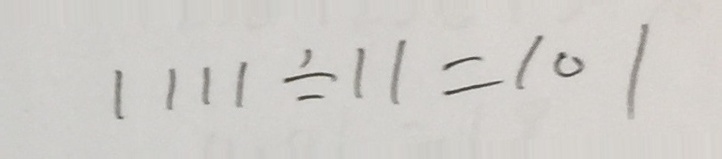
1 1 1 1 \div 1 1 = 1 0 1